Annual report of the Imperial Bacteriological Laboratory, Muktesar
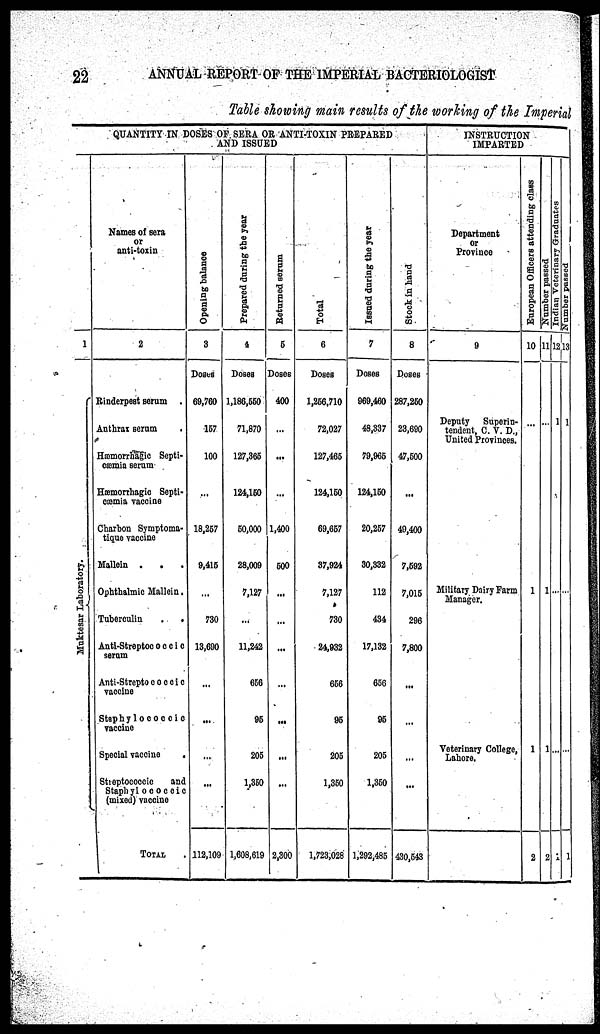
22
ANNUAL REPORT OF THE IMPERIAL BACTERIOLOGIST
Table showing main results of the working of the Imperial
QUANTITY IN DOSES OF SERA OR ANTI-TOXIN PREPARED
AND ISSUED
1
Muktesar Laboratory.
Names of sera
or
anti-toxin
2
Rinderpest serum .
Anthrax serum
Hæmorrhagic Septi-
cæmia serum
Hæmorrhagic Septi-
cæmia vaccine
Charbon Symptoma¬
tique vaccine
Mallein .
.
.
Ophthalmic Mallein
Tuberculin
.
.
Anti-Streptococcic
serum
Anti-Streptococcic
vaccine
Staphylococcic
vaccine
Special vaccine
Streptococcic
and
Staphylococcic
(mixed) vaccine
TOTAL
Opening balance
3
Doses
69,760
157
100
...
18,257
9,415
...
730
13,690
...
112,109
Prepared during the year
4
Doses
1,186,550
71,870
127,365
124,150
50,000
28,009
7,127
...
11,242
656
95
205
1,350
1,608,619
Returned serum
5
Doses
400
...
1,400
500
...
...
...
...
...
...
...
...
2,300
Total
6
Doses
1,256,710
72,027
127,465
124,150
69,657
37,924
7,127
730
24,932
656
95
205
1,350
1,723,028
Issued during the year
7
Doses
969,460
48,337
79,965
124,150
20,257
30,332
112
434
17,132
656
95
205
1,350
1,292,485
Stock in hand
8
Doses
287,250
23,690
47,500
49,400
7,592
7,015
296
7,800
...
...
430,543
INSTRUCTION
IMPARTED
Department
or
Province
9
Deputy
Superin-
tendent, C. V. D.,
United Provinces.
Military Dairy Farm
Manager.
Veterinary College,
Lahore.
European Officers attending class
10
...
1
1
2
Number passed
11
...
1
1
2
Indian Veterinary Graduates
12
1
...
...
1
Number passed
13
1
...
1